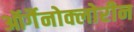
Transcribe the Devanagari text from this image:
ऑर्गैनोक्लोरीन